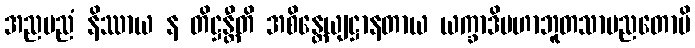
အညမညံ နိဿာယ န တိဋ္ဌန္တီတိ အစိန္တေယျဋ္ဌာနတာယ ယက္ခာဒိမဟာဘူတသာမညတောပိ